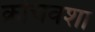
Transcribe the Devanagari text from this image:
क्रोचवशा